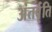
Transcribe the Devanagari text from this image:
अंतर्वृति